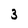
Character: 3